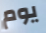
يوم